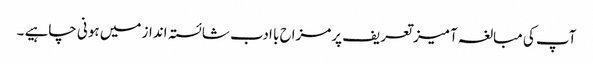
آپ کی مبالغہ آمیز تعریف پرمزاح با ادب شائستہ انداز میں ہونی چاہیے ۔